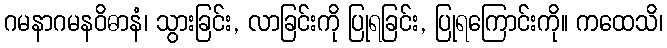
ဂမနာဂမနဝိဓာနံ၊ သွားခြင်း, လာခြင်းကို ပြုရခြင်း, ပြုရကြောင်းကို။ ကထေသိ၊